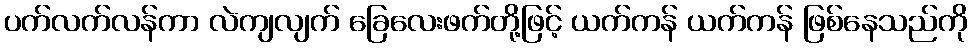
ပက်လက်လန်ကာ လဲကျလျက် ခြေလေးဖက်တို့ဖြင့် ယက်ကန် ယက်ကန် ဖြစ်နေသည်ကို